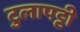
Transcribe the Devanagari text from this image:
टुलापट्टी